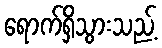
ရောက်ရှိသွားသည့်